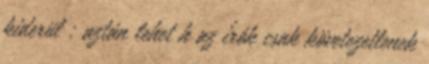
kiderül : aztán lehet h az írók csak követezetlenek